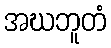
အဃဘူတံ